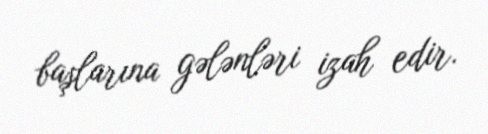
başlarına gələnləri izah edir.